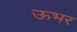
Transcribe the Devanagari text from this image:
ऊभर